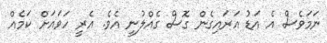
ނަމަވެސް އެ އަޑު އަރައިގެން ގޮސް ގެއްލުނީ އެވެ. އެރީ ހަވައަށް ކަމެއް